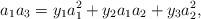
LaTeX: \begin{align*}a_1a_3 = y_1a_1^2 + y_2a_1 a_2 + y_3 a_2^2,\end{align*}